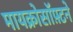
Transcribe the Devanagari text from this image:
मायक्रोसॉफ़्टने